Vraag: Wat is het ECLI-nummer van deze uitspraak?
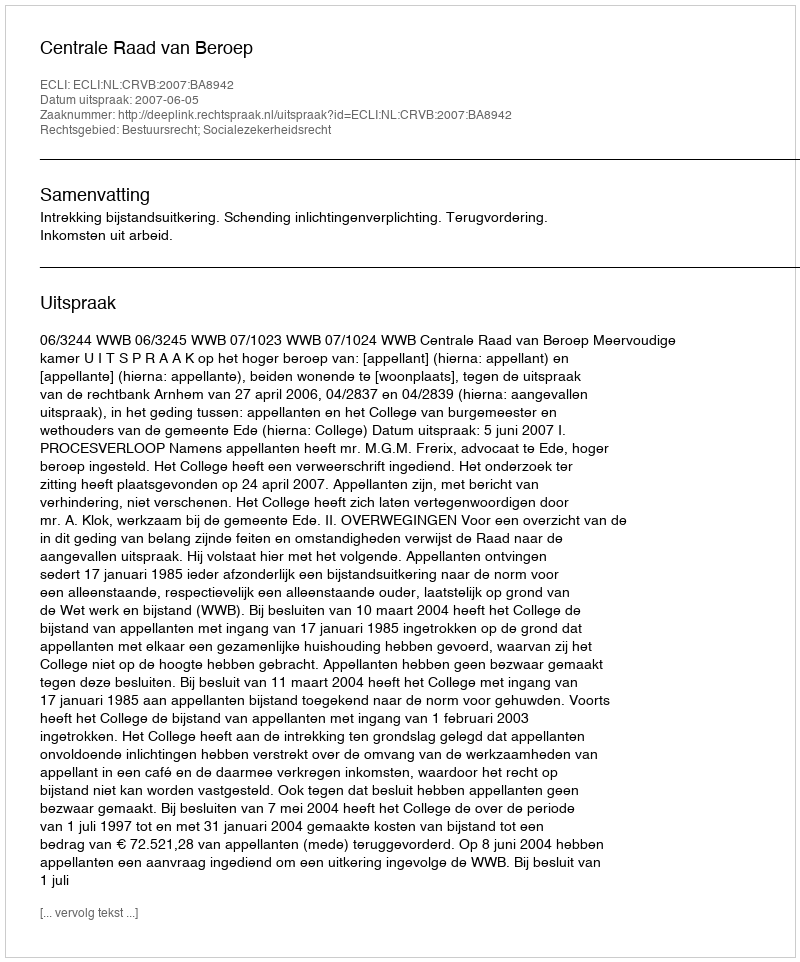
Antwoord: ECLI:NL:CRVB:2007:BA8942